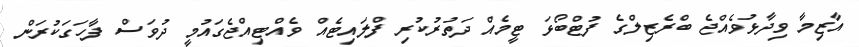
އާޒިމާ ވިދާޅުވެއްޖެ ބްރެޒިލްގެ ފުޓްބޯޅަ ޓީމެއް ދަތުރުކުރި ފްލައިޓެއް ވެއްޓިއްޖެގައުމީ ދުވަސް ފާހަގަކުރަން